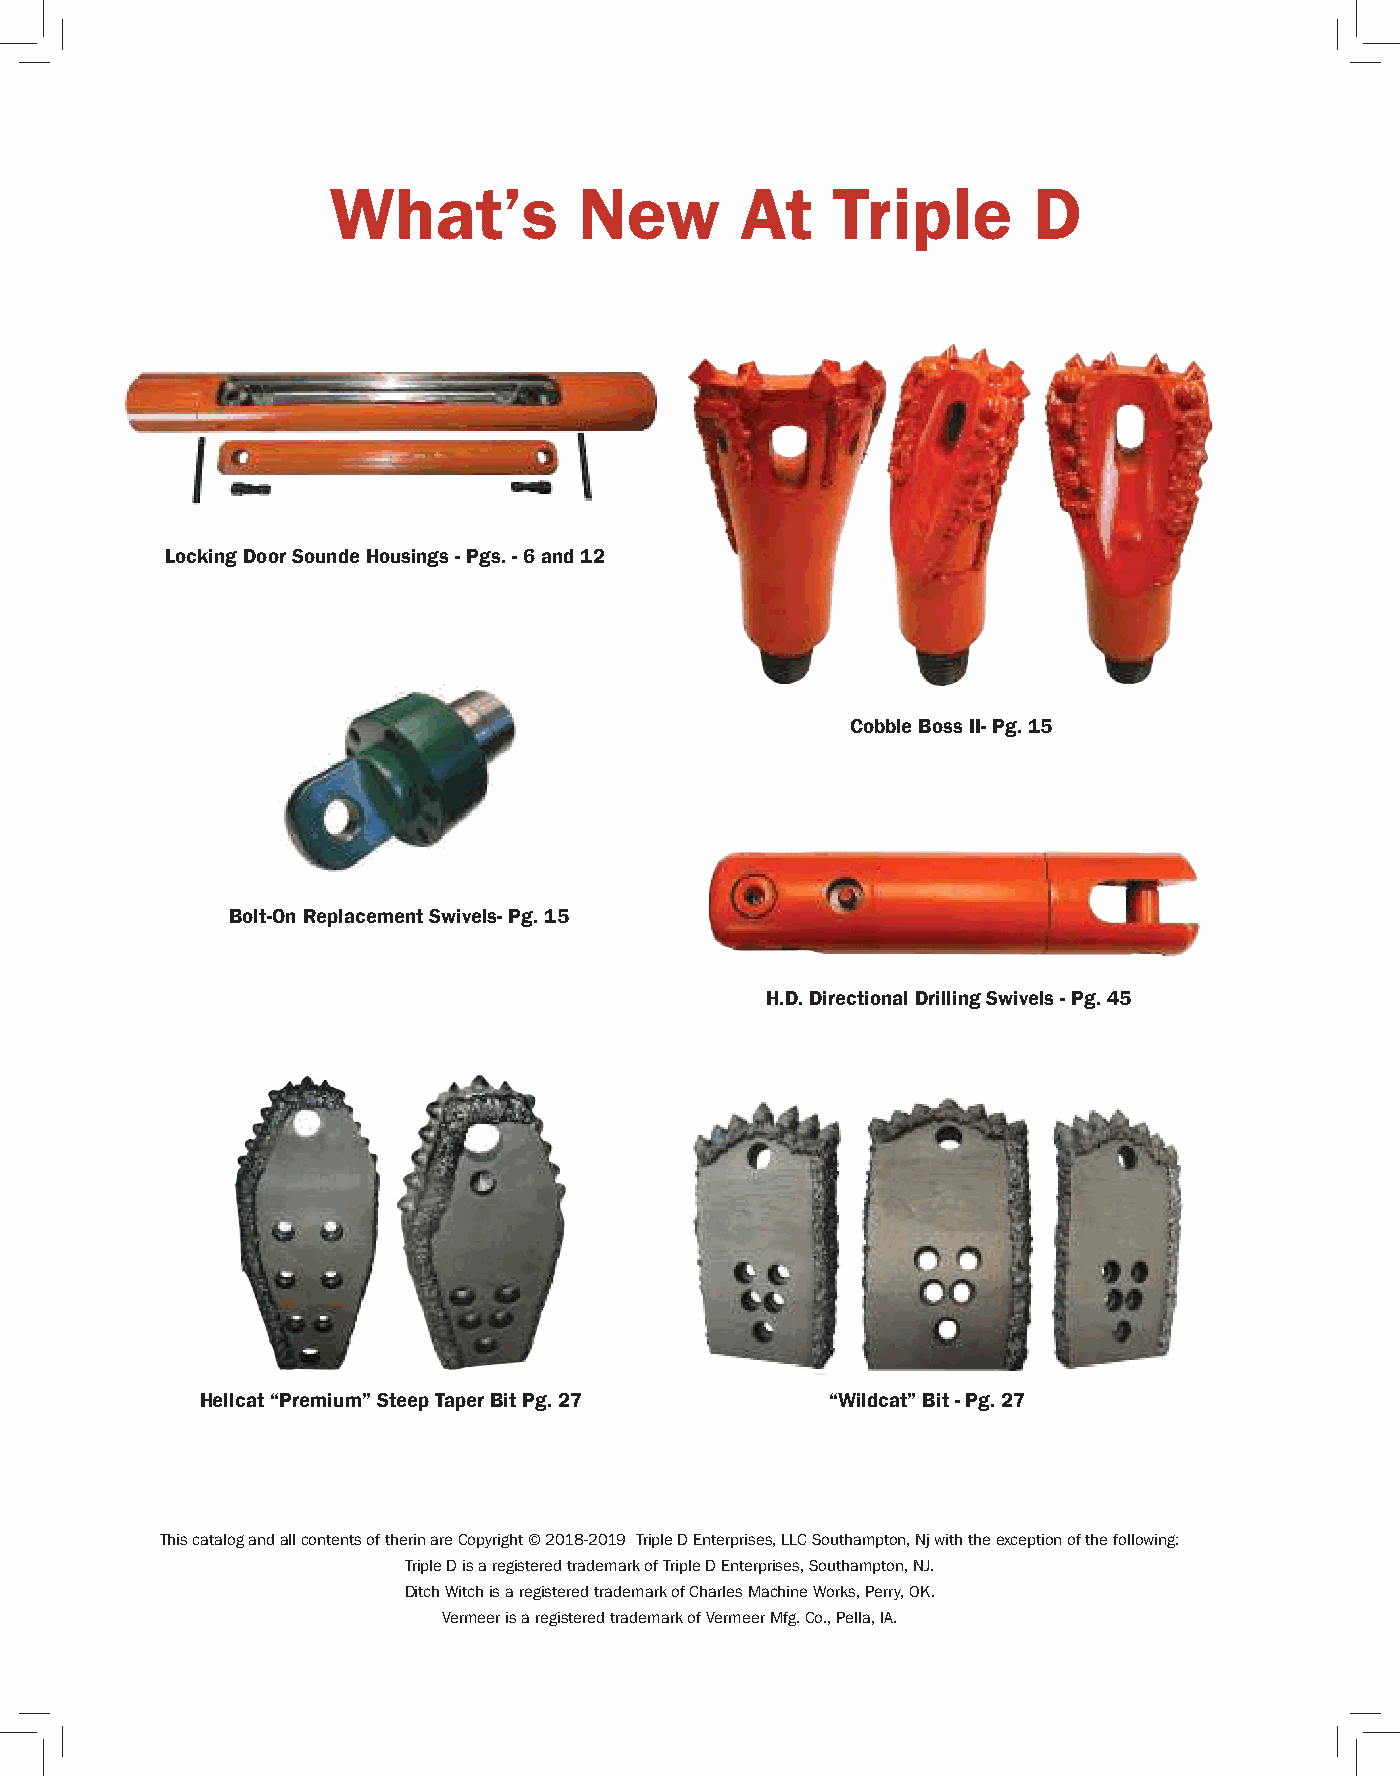
What’s          New        At    Triple       D
 Locking Door Sounde Housings - Pgs. - 6 and 12
 Cobble Boss II- Pg. 15
 Bolt-On Replacement Swivels- Pg. 15
 H.D. Directional Drilling Swivels - Pg. 45
 Hellcat “Premium” Steep Taper Bit Pg. 27  “Wildcat” Bit - Pg. 27
 This catalog and all contents of therin are Copyright © 2018-2019 Triple D Enterprises, LLC Southampton, Nj with the exception of the following:
 Triple D is a registered trademark of Triple D Enterprises, Southampton, NJ.
 Ditch Witch is a registered trademark of Charles Machine Works, Perry, OK.
 Vermeer is a registered trademark of Vermeer Mfg. Co., Pella, IA.